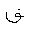
Letter: _fa